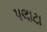
પલાટા